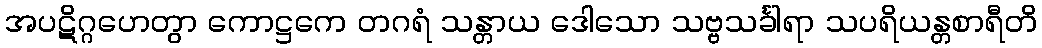
အပဋိဂ္ဂဟေတွာ ကောဋ္ဌကေ တဂရံ သန္တာယ ဒေါသော သဗ္ဗသင်္ခါရာ သပရိယန္တစာရီတိ